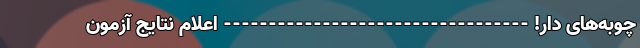
چوبه‌های دار! ---------------------------------- اعلام نتایج آزمون